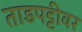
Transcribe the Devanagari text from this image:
ताडपट्टीवर